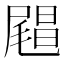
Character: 𰎅